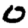
Digit: 0